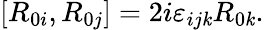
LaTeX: [R_{0i},R_{0j}]=2i\varepsilon_{ij\mathit{k}}R_{0\mathit{k}}.